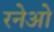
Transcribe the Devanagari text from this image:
रनेओ